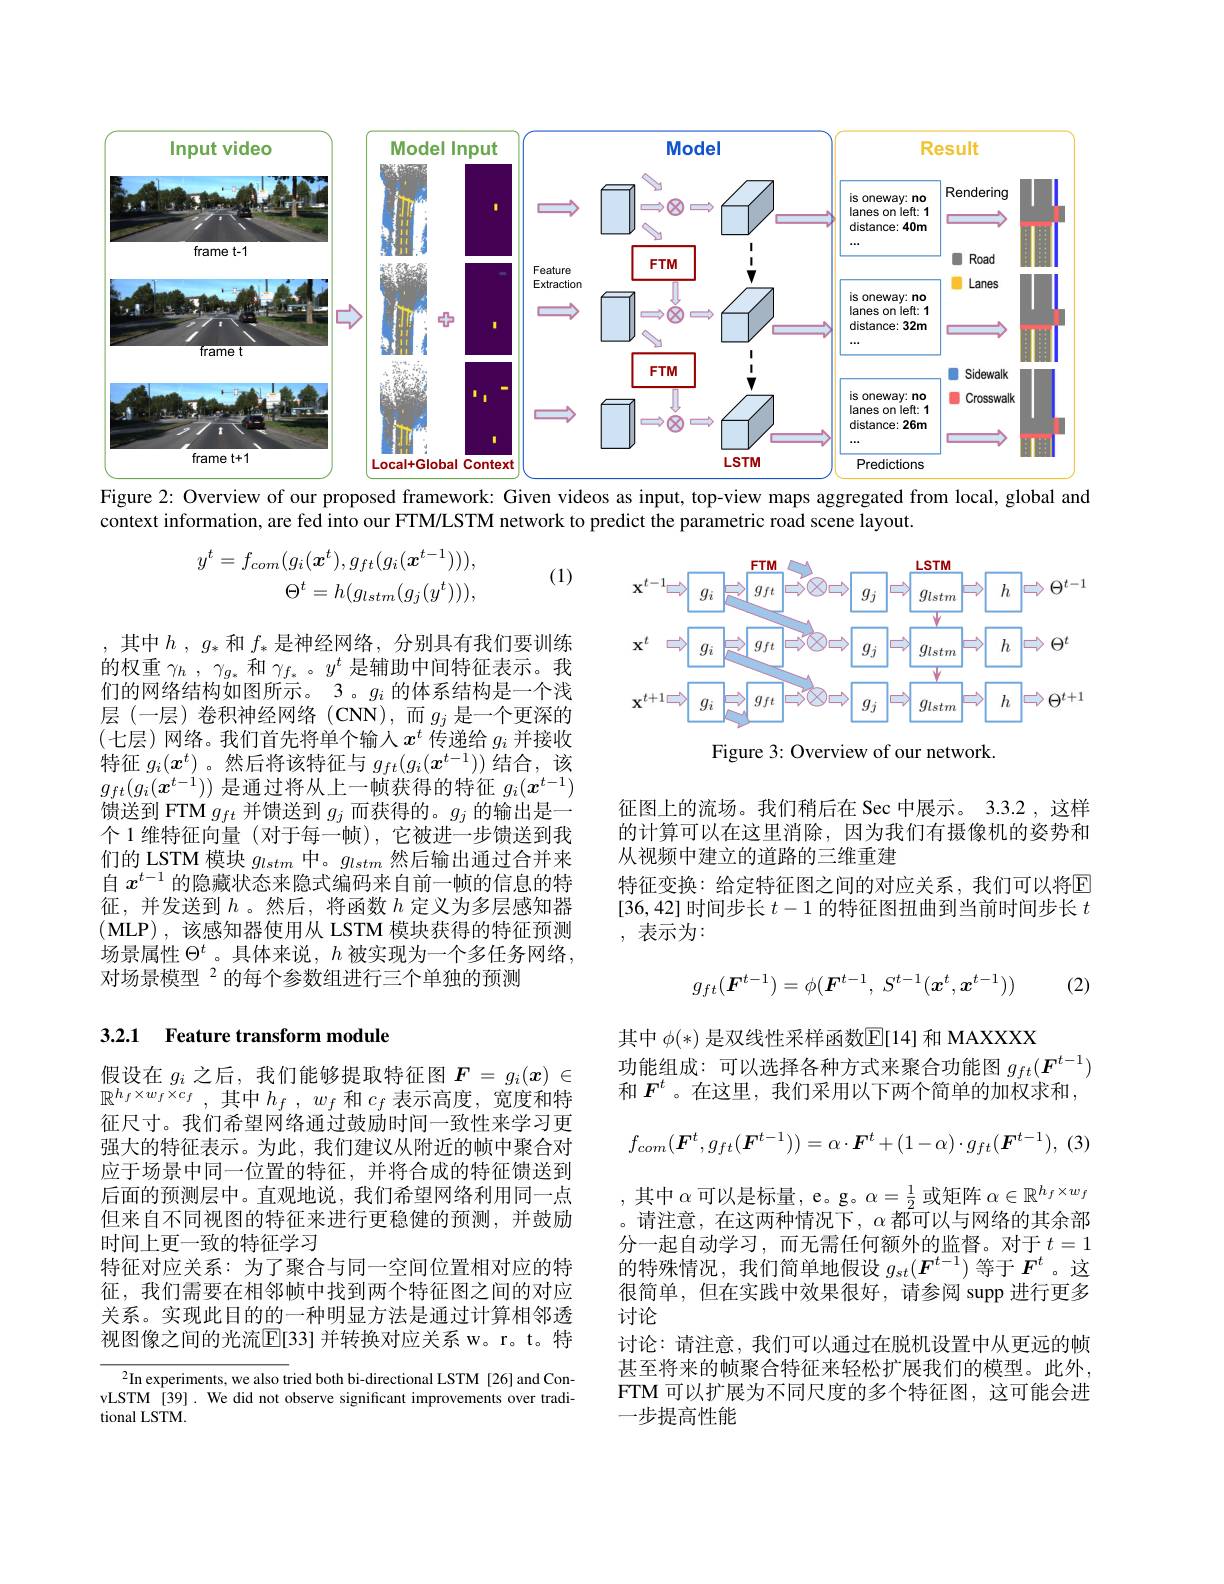
<FigureHere>
Figure 2: Overview of our proposed framework: Given videos as input, top-view maps aggregated from local, global and

context information, are fed into our FTM/LSTM network to predict the parametric road scene layout
$$y^{t}=f_{com}(g_{i}(\boldsymbol{x}^{t}),g_{ft}(g_{i}(\boldsymbol{x}^{t-1}))),\\\Theta^{t}=h(g_{lstm}(g_{j}(y^{t}))),$$
(1)

<FigureHere>

Figure 3: Overview of our network.

,其中$h$ , $g_*$和$f_*$是神经网络，分别具有我们要训练的权重$\gamma _h$ , $\gamma _{g_* }$和$\gamma_f_*$ 。$y^t$是辅助中间特征表示。我们的网络结构如图所示。3 。$g_i$的体系结构是一个浅层(一层)卷积神经网络(CNN),而$g_j$ 是一个更深的(七层)网络。我们首先将单个输入$x^t$ 传递给 $g_i$ 并接收特征$g_i(x^t)$ 。然后将该特征与$g_ft(g_i(x^{t-1}))$结合，该$g_{ft}(g_i(\boldsymbol{x}^{t-1}))$是通过将从上一帧获得的特征$g_i(\boldsymbol{x}^t-1)$ 馈送到 FTM $g_ft$并馈送到$g_j$而获得的。$g_j$的输出是一个 1 维特征向量 (对于每一帧),它被进一步馈送到我们的 LSTM 模块$g_lstm$中。$g_lstm$然后输出通过合并来自$x^{t-1}$的隐藏状态来隐式编码来自前一帧的信息的特征，并发送到$h$。然后，将函数$h$ 定义为多层感知器$(\mathbf{MLP})$,该感知器使用从 LSTM 模块获得的特征预测场景属性$\Theta^t$ 。具体来说，$h$被实现为一个多任务网络， 对场景模型 $^{2}$的每个参数组进行三个单独的预测

征图上的流场。我们稍后在 Sec 中展示。3.3.2,这样的计算可以在这里消除，因为我们有摄像机的姿势和从视频中建立的道路的三维重建
特征变换：给定特征图之间的对应关系，我们可以将$\mathbb{E}$ [36,42]时间步长$t-1$的特征图扭曲到当前时间步长$t$ ,表示为：
$$g_{ft}(\boldsymbol{F}^{t-1})=\phi(\boldsymbol{F}^{t-1},\:S^{t-1}(\boldsymbol{x}^t,\boldsymbol{x}^{t-1}))$$
(2)

## 3.2.1 Feature transform module
$$f_{com}(\boldsymbol{F}^t,g_{ft}(\boldsymbol{F}^{t-1}))=\alpha\cdot\boldsymbol{F}^t+(1-\alpha)\cdot g_{ft}(\boldsymbol{F}^{t-1}),$$
假设在$g_i$之后，我们能够提取特征图$\boldsymbol{F}=g_i(\boldsymbol{x})\in$ $\mathbb{R} ^{h_f\times w_f\times c_f}$ , 其中$h_f$ , $w_f$ 和 $c_f$ 表示高度，宽度和特征尺寸。我们希望网络通过鼓励时间一致性来学习更强大的特征表示。为此，我们建议从附近的帧中聚合对应于场景中同一位置的特征，并将合成的特征馈送到后面的预测层中。直观地说，我们希望网络利用同一点但来自不同视图的特征来进行更稳健的预测，并鼓励时间上更一致的特征学习
特征对应关系：为了聚合与同一空间位置相对应的特征，我们需要在相邻帧中找到两个特征图之间的对应关系。实现此目的的一种明显方法是通过计算相邻透视图像之间的光流$\overline{\mathbb{E}}[33]$ 并转换对应关系 w。r。t。特

其中$\phi(*)$是双线性采样函数$\mathbb{E}[14]$和 MAXXXX
功能组成：可以选择各种方式来聚合功能图$g_{ft}(\boldsymbol{F}^{t-1})$
和$F^t$ 。在这里，我们采用以下两个简单的加权求和， ,其中$\alpha$可以是标量，e。g。$\alpha=\frac12$或矩阵$\alpha\in\mathbb{R}^h_f\times w_f$ 。请注意，在这两种情况下，$\bar{\alpha }$都 可 以 与 网 络 的 其 余 部 分一起自动学习，而无需任何额外的监督。对于$t=1$ 的特殊情况，我们简单地假设$g_{st}(\boldsymbol{F}^{t-1})$等于$F^t$ 。这很简单，但在实践中效果很好，请参阅 supp 进行更多讨论
讨论：请注意，我们可以通过在脱机设置中从更远的帧甚至将来的帧聚合特征来轻松扩展我们的模型。此外， FTM 可以扩展为不同尺度的多个特征图，这可能会进一步提高性能

$^{2}$In experiments, we also tried both bi-directional LSTM [26] and ConvLSTM [39] . We did not observe significant improvements over traditional LSTM.